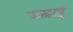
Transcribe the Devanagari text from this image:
अल्लाहू